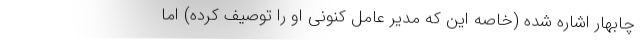
چابهار اشاره شده (خاصه این که مدیر عامل کنونی او را توصیف کرده) اما